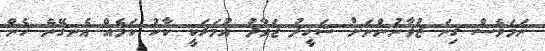
ނަމަވެސް ގިނަ ޒުވާނުންނަށް ޝަހީދު ޖަވާދު އުމަރަކީ ކާކު ކަމެއް އެނގޭނެ ހެން